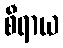
စီရာယ